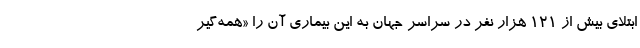
ابتلای بیش از ۱۲۱ هزار نفر در سراسر جهان به این بیماری آن را «همه‌گیر